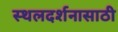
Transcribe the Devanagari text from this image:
स्थलदर्शनासाठी